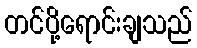
တင်ပို့ရောင်းချသည်